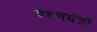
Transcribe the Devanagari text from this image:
वेधनयंत्रों